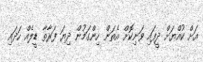
އަށް ކުއްޔަށް ދީފައި ވަނިކޮށް އެތަން ހިންގަމުން ދިޔަ ފަރާތާ ޑީލެއް ހަދައި